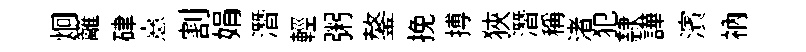
炯籬硉憙割娟潛輕粥鏊挽搏狹潛稱渚犯隸譁濱衲